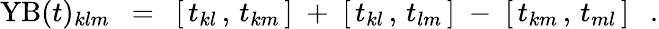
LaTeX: \mathrm{YB}(t)_{klm}~~=~~[\, t_{kl}\, ,\, t_{km}\, ]\; +\; [\, t_{kl}\, ,\, t_{lm}\, ]\; -\; [\, t_{km}\, ,\, t_{ml}\, ]~~~.